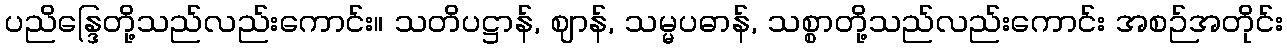
ပညိန္ဒြေတို့သည်လည်းကောင်း။ သတိပဋ္ဌာန်, ဈာန်, သမ္မပဓာန်, သစ္စာတို့သည်လည်းကောင်း အစဉ်အတိုင်း